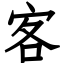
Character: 客